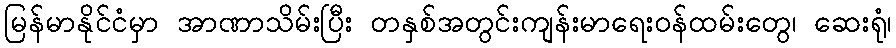
မြန်မာနိုင်ငံမှာ အာဏာသိမ်းပြီး တနှစ်အတွင်းကျန်းမာရေးဝန်ထမ်းတွေ၊ ဆေးရုံ၊